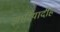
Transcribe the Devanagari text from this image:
झारियादीह